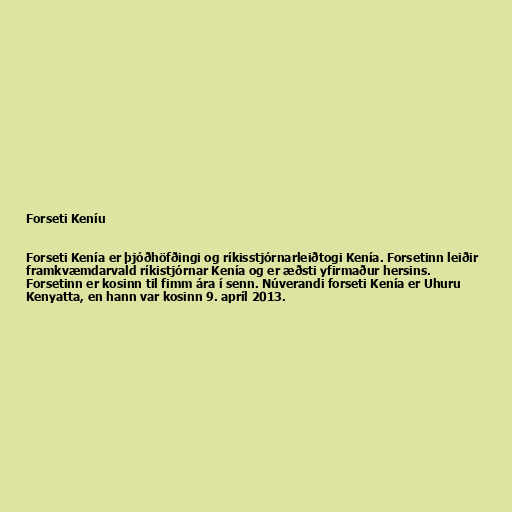
Forseti Keníu

Forseti Kenía er þjóðhöfðingi og ríkisstjórnarleiðtogi Kenía. Forsetinn leiðir
framkvæmdarvald ríkistjórnar Kenía og er æðsti yfirmaður hersins.
Forsetinn er kosinn til fimm ára í senn. Núverandi forseti Kenía er Uhuru
Kenyatta, en hann var kosinn 9. apríl 2013.